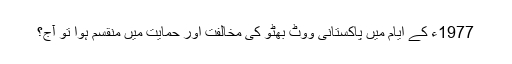
1977ء کے ایام میں پاکستانی ووٹ بھٹو کی مخالفت اور حمایت میں منقسم ہوا تو آج؟